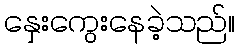
နှေးကွေးနေခဲ့သည်။